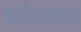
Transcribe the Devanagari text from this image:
पेराँक्साइड